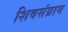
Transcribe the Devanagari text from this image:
शिवसंग्राम